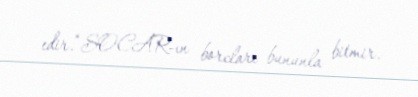
edir.“SOCAR-ın borcları bununla bitmir.